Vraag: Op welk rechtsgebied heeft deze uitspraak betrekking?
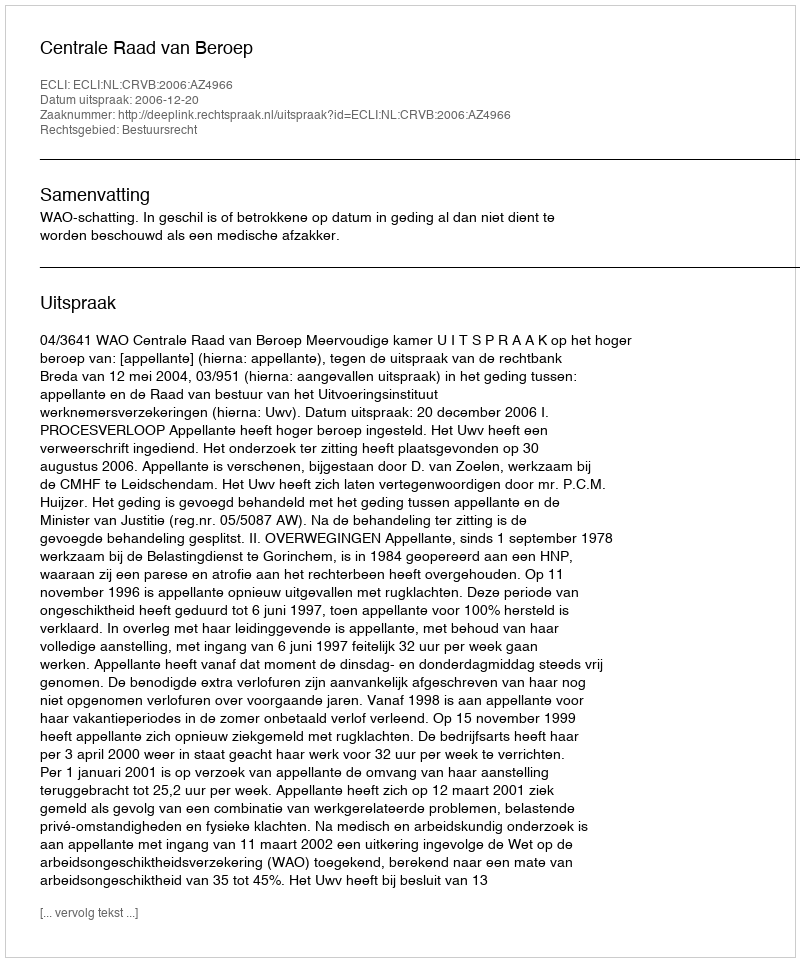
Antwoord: Bestuursrecht